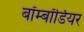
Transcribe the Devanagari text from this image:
बॉम्बॉर्डियर